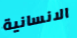
الانسانية